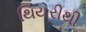
થિયરીથી